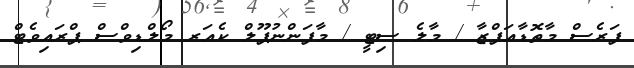
ފަރެސް މާތޮޑާއަފްޒާ / މާލެ ސިޓީ / މާފަންނުޕޫލް ކެއަރ މޯލްޑިވްސް ޕްރައިވެޓް